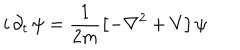
i \, \partial _ { t } \, \psi = \frac { 1 } { 2 m } \left[ - \nabla ^ { 2 } + V \right] \psi